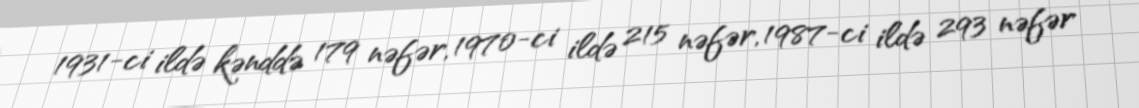
1931-ci ildə kənddə 179 nəfər, 1970-ci ildə 215 nəfər, 1987-ci ildə 293 nəfər